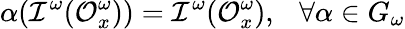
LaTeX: \alpha({\cal I^{\omega}}({\cal O}_{x}^{\omega}))={\cal I^{\omega}}({\cal O}_{x}^{\omega}),~~~\forall\alpha\in G_{\omega}